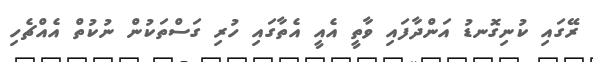
ރޭގައި ކުނިގޮނޑު އަންދާފައި ވާތީ އެއީ އެތާގައި ހުރި ގަސްތަކުން ނުކުތް އެއްޗެހި